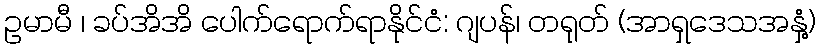
ဥမာမီ ၊ ခပ်အိအိ ပေါက်ရောက်ရာနိုင်ငံ: ဂျပန်၊ တရုတ် (အာရှဒေသအနှံ့)